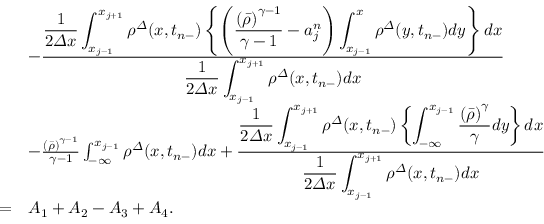
\begin{array} { r l } & { - \frac { \displaystyle \frac 1 { 2 { \varDelta } x } \int _ { x _ { j - 1 } } ^ { x _ { j + 1 } } { \rho } ^ { \varDelta } ( x , t _ { n - } ) \left\{ \left( \frac { \left( \bar { \rho } \right) ^ { \gamma - 1 } } { \gamma - 1 } - a _ { j } ^ { n } \right) \int _ { x _ { j - 1 } } ^ { x } { \rho } ^ { \varDelta } ( y , t _ { n - } ) d y \right\} d x } { \displaystyle \frac 1 { 2 { \varDelta } x } \int _ { x _ { j - 1 } } ^ { x _ { j + 1 } } { \rho } ^ { \varDelta } ( x , t _ { n - } ) d x } } \\ & { - \frac { \left( \bar { \rho } \right) ^ { \gamma - 1 } } { \gamma - 1 } \int _ { - \infty } ^ { x _ { j - 1 } } { \rho } ^ { \varDelta } ( x , t _ { n - } ) d x + \frac { \displaystyle \frac 1 { 2 { \varDelta } x } \int _ { x _ { j - 1 } } ^ { x _ { j + 1 } } { \rho } ^ { \varDelta } ( x , t _ { n - } ) \left\{ \int _ { - \infty } ^ { x _ { j - 1 } } \frac { \left( \bar { \rho } \right) ^ { \gamma } } { \gamma } d y \right\} d x } { \displaystyle \frac 1 { 2 { \varDelta } x } \int _ { x _ { j - 1 } } ^ { x _ { j + 1 } } { \rho } ^ { \varDelta } ( x , t _ { n - } ) d x } } \\ { = } & { A _ { 1 } + A _ { 2 } - A _ { 3 } + A _ { 4 } . } \end{array}